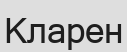
Кларен